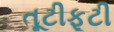
તૂટીફૂટી